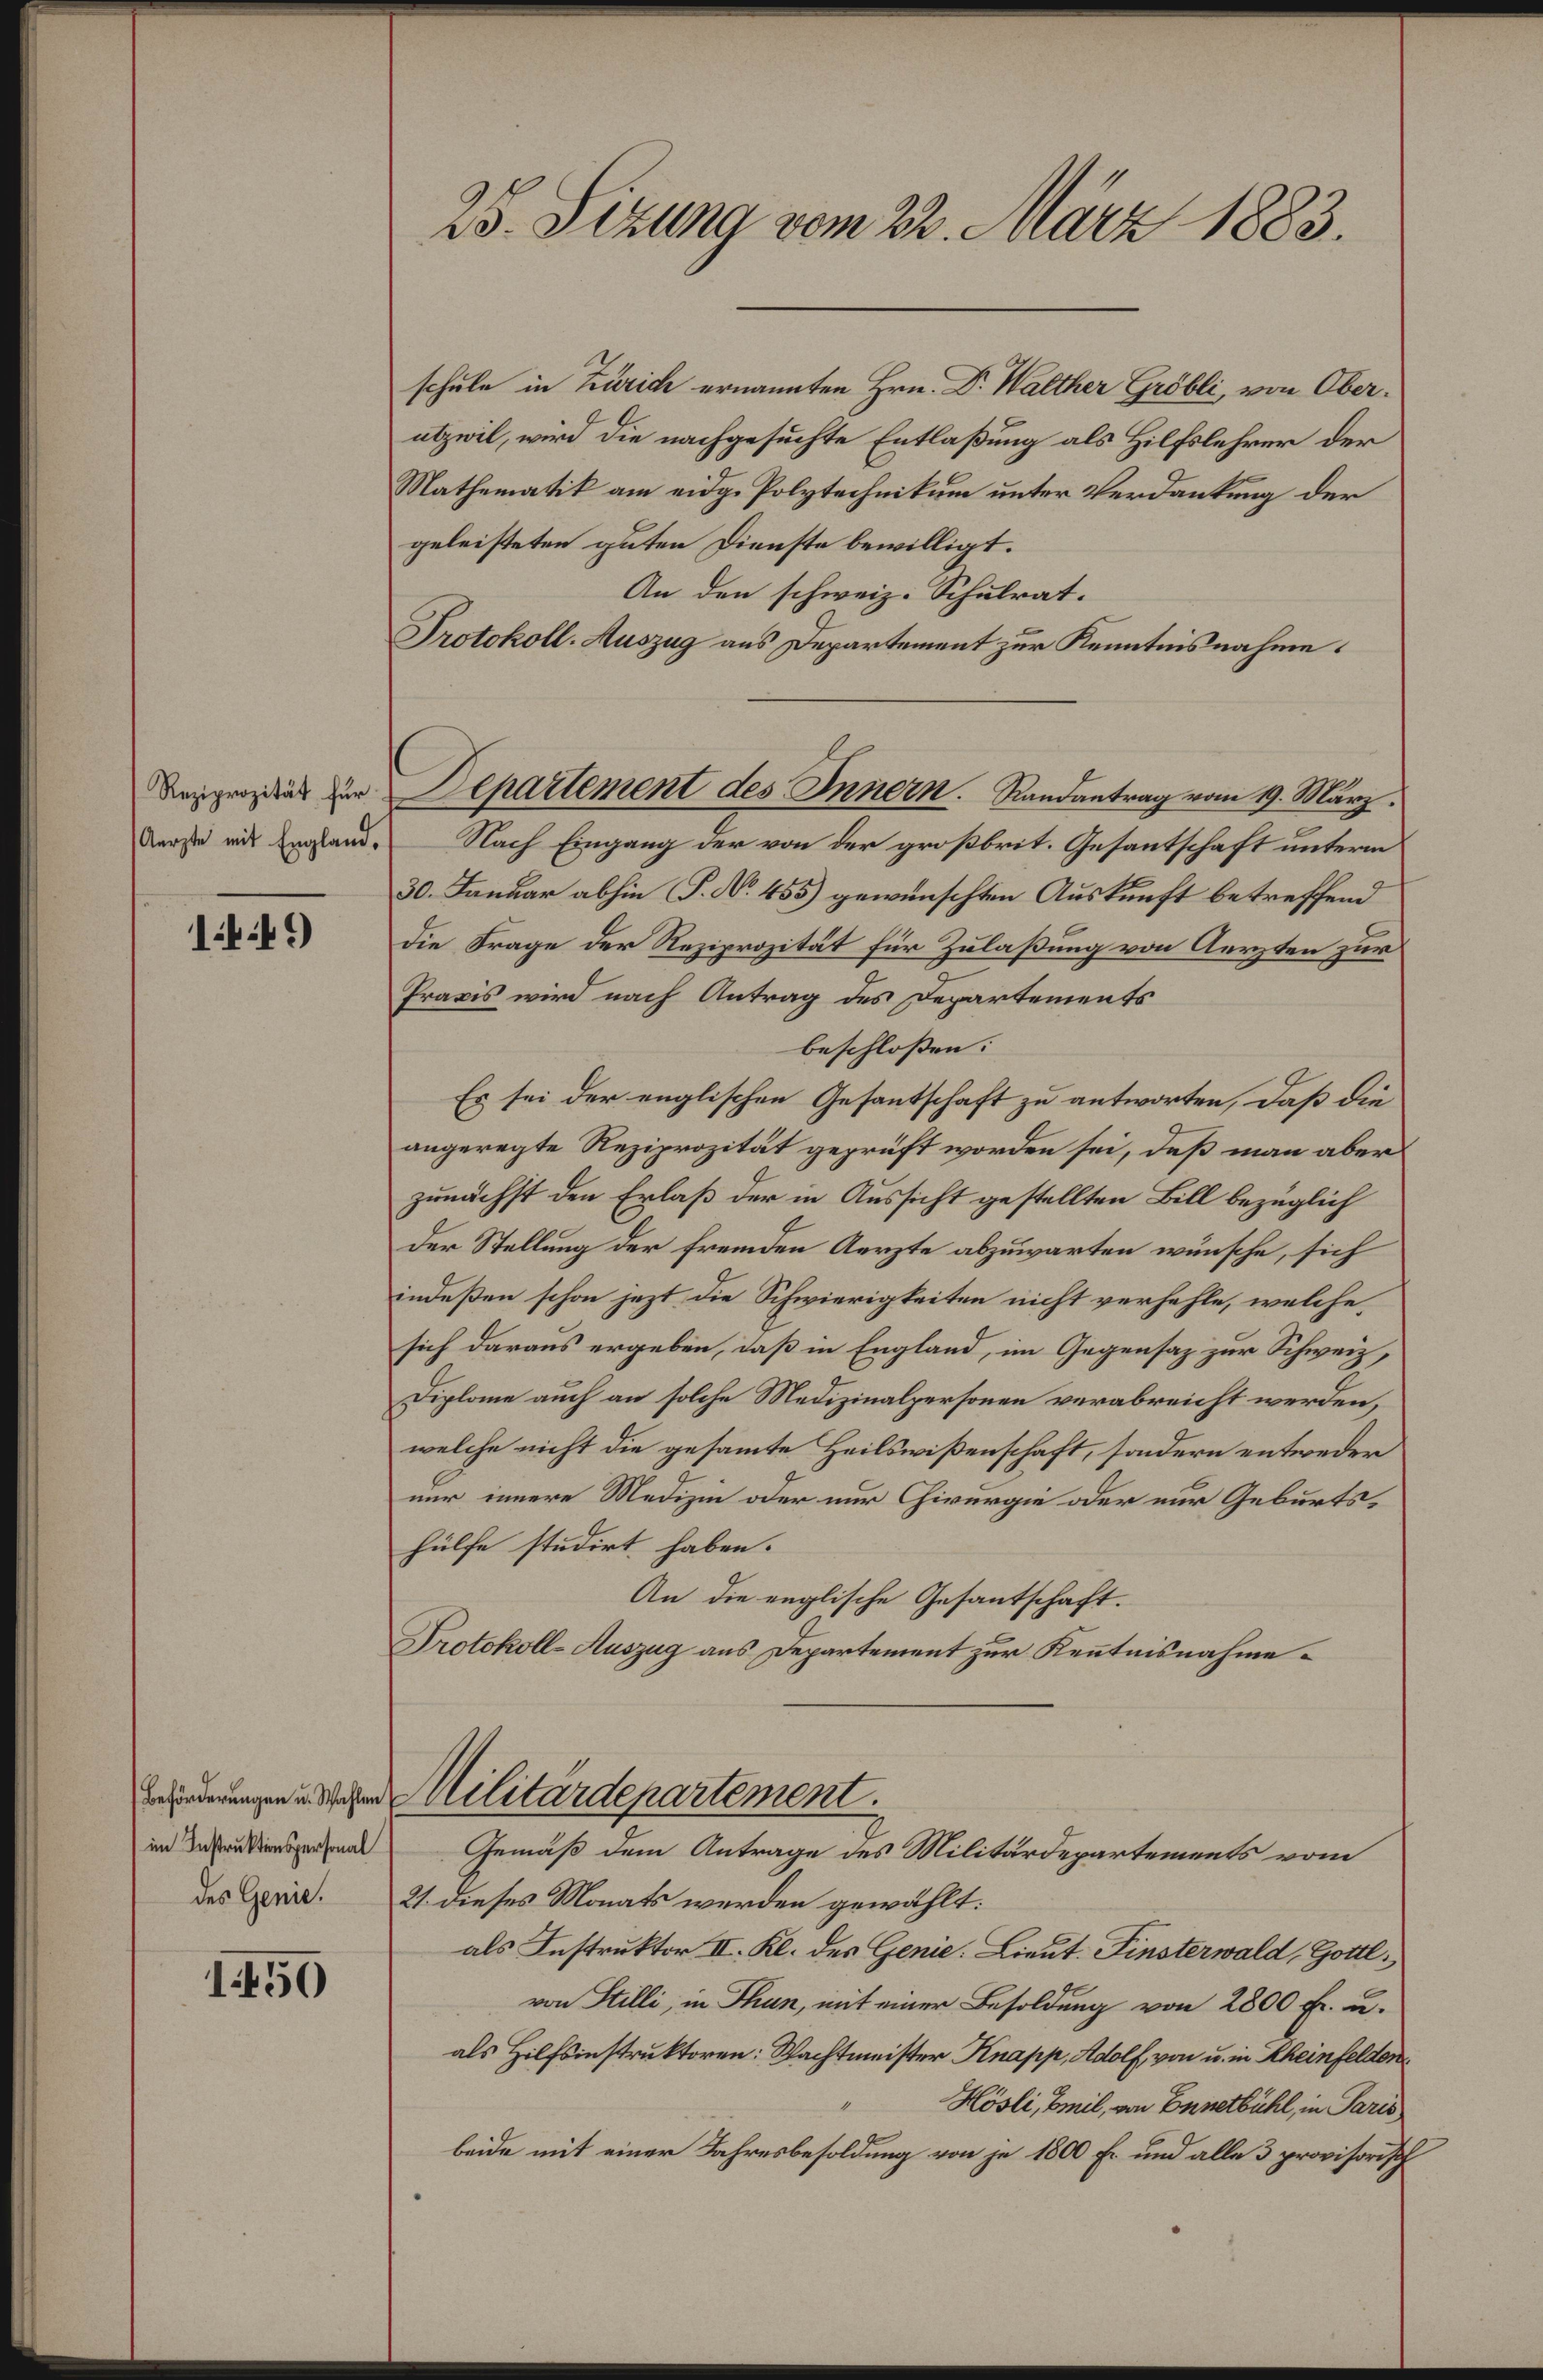
25. Sizung vom 22. März 1883.
schule in Zürich ernannten Hrn. Dr. Walther Gröbli, von Ober¬
utzwil, wird die nachgesuchte Entlaßung als Hilfslehrer der
Mathematik am eidg. Polytechnikum unter Verdankung der
geleisteten guten Dienste bewilligt.
An den schweiz. Schulrat.
Protokoll-Auszug an's Departement zur Kenntnisnahme.
Reziprozität für
Aerzte mit England.
1449.
Departement des Innern. Randantrag vom 19. März.
Nach Eingang der von der großbrit. Gesantschaft unterm
30. Januar abhin (P. No. 455) gewüschten Auskunft betreffend
die Frage der Reziprozität für Zulaßung von Aerzten zur
Praxis wird nach Antrag des Departements
beschloßen:
Es sei der englischen Gesantschaft zu antworten, daß die
angeregte Reziprozität geprüft worden sei, daß man aber
zunächst den Erlaß der in Aussicht gestellten Bill bezüglich
der Stellung der fremden Aerzte abzuwarten wünsche, sich
indeßen schon jezt die Schwierigkeiten nicht verhehle, welche
sich daraus ergeben, daß in England, im Gegensaz zur Schweiz,
Diplome auch an solche Medizinalpersonen verabreicht werden,
welche nicht die gesamte Heilswißenschaft, sondern entweder
nur innere Medizin oder nur Chirurgie oder nur Geburts¬
hülfe studirt haben.
An die englische Gesantschaft.
Protokoll-Auszug ans Departement zur Ken̄tnisnahme.
Beförderungen u. Wahlen
im Instruktionspersonal
des Genie.
1450
Militärdepartement.
Gemäß dem Antrage des Militärdepartements vom
21. dieses Monats werden gewählt:
als Instruktor II. Kl. des Genie: Lieut. Finsterwald, Gottl.,
von Stilli, in Thun, mit einer Besoldung von 2800 fr. u.
als Hilfsinstruktoren: Wachtmeister Knapp, Adolf, von u. in Rheinfelden.
" Hösli, Emil, von Ennetbühl, in Paris,
beide mit einer Jahresbesoldung von je 1800 fr. und alle 3 provisorisch